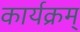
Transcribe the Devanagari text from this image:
कार्यक्रम्